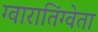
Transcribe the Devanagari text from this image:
ग्वारातिंग्वेता